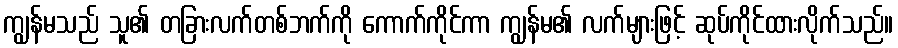
ကျွန်မသည် သူ၏ တခြားလက်တစ်ဘက်ကို ကောက်ကိုင်ကာ ကျွန်မ၏ လက်များဖြင့် ဆုပ်ကိုင်ထားလိုက်သည်။